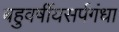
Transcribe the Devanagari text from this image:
बहुवर्षीयसर्पगंधा